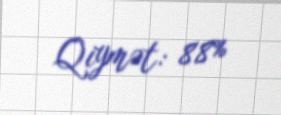
Qiymət: 88%